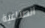
الصناعية